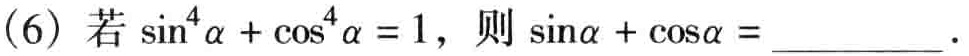
(6) 若\(\sin^{4}\alpha+\cos^{4}\alpha = 1\)，则\(\sin\alpha+\cos\alpha =\)__________ .